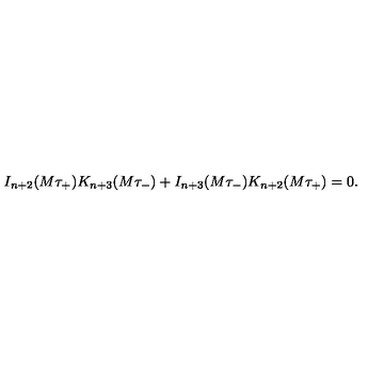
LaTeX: I _ { n + 2 } ( M \tau _ { + } ) K _ { n + 3 } ( M \tau _ { - } ) + I _ { n + 3 } ( M \tau _ { - } ) K _ { n + 2 } ( M \tau _ { + } ) = 0 .